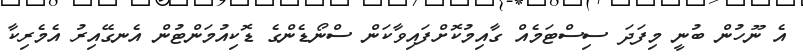
އެ ނޫހުން ބުނީ މިފަދަ ސިސްޓަމެއް ގާއިމުކޮށްފައިވާކަން ސްނޯޑެންގެ ޑޮކިއުމަންޓުން އެނގޭއިރު އެމެރިކާ